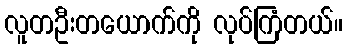
လူတဦးတယောက်ကို လုပ်ကြံတယ်။